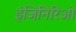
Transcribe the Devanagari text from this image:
इंजिनिरिओं